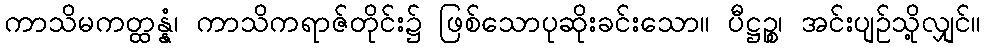
ကာသိမကတ္ထန္နံ၊ ကာသိကရာဇ်တိုင်း၌ ဖြစ်သောပုဆိုးခင်းသော။ ပီဋ္ဌဉ္စ၊ အင်းပျဉ်သို့လျှင်။